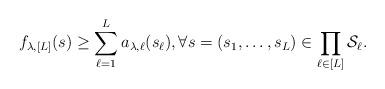
LaTeX: \begin{align*}f_{\lambda, [L]}(s) \ge \sum_{\ell=1}^{L} a_{\lambda, \ell}(s_\ell), \forall s = (s_1, \ldots, s_L) \in \prod_{\ell \in [L]} \mathcal{S}_\ell.\end{align*}